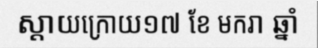
ស្តាយក្រោយ១៧ ខែ មករា ឆ្នាំ